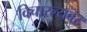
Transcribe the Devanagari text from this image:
विचारल्यवर